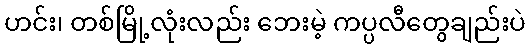
ဟင်း၊ တစ်မြို့လုံးလည်း ဘေးမဲ့ ကပ္ပလီတွေချည်းပဲ